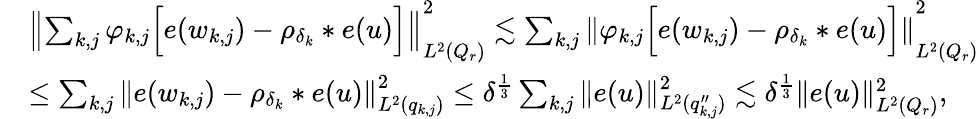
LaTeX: \begin{array}{rl}&{\left\| \sum_{k,j}\varphi_{k,j}\Big[e(w_{k,j})-\rho_{\delta_{k}}*e(u)\Big]\right\| _{L^{2}(Q_{r})}^{2}\lesssim\sum_{k,j}\left\| \varphi_{k,j}\Big[e(w_{k,j})-\rho_{\delta_{k}}*e(u)\Big]\right\| _{L^{2}(Q_{r})}^{2}}\\ &{\le\sum_{k,j}\left\| e(w_{k,j})-\rho_{\delta_{k}}*e(u)\right\| _{L^{2}(q_{k,j})}^{2}\le\delta^{\frac{1}{3}}\sum_{k,j}\| e(u)\| _{L^{2}(q_{k,j}^{\prime\prime})}^{2}\lesssim\delta^{\frac{1}{3}}\| e(u)\| _{L^{2}(Q_{r})}^{2},}\end{array}